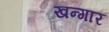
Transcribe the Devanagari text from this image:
खन्गार